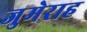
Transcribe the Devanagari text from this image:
जुमेराह